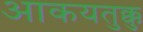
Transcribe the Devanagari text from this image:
आकयतुक्कु